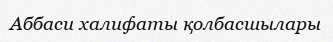
Аббаси халифаты қолбасшылары